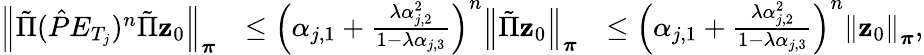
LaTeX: \begin{array}{rlr}{\left\lVert\tilde{\Pi}(\hat{P}E_{T_{j}})^{n}\tilde{\Pi}\mathbf{z}_{0}\right\rVert_{\boldsymbol\pi}}&{\leq\left(\alpha_{j,1}+\frac{\lambda\alpha_{j,2}^{2}}{1-\lambda\alpha_{j,3}}\right)^{n}\left\lVert\tilde{\Pi}\mathbf{z}_{0}\right\rVert_{\boldsymbol\pi}}&{\leq\left(\alpha_{j,1}+\frac{\lambda\alpha_{j,2}^{2}}{1-\lambda\alpha_{j,3}}\right)^{n}\left\lVert\mathbf{z}_{0}\right\rVert_{\boldsymbol\pi},}\end{array}